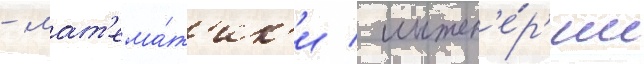
- мат'ема́т'ик'и / инжен'е́р'ии